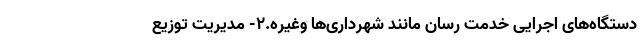
دستگاه‌های اجرایی خدمت رسان مانند شهرداری‌ها وغیره.۲- مدیریت توزیع